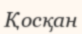
Қосқан